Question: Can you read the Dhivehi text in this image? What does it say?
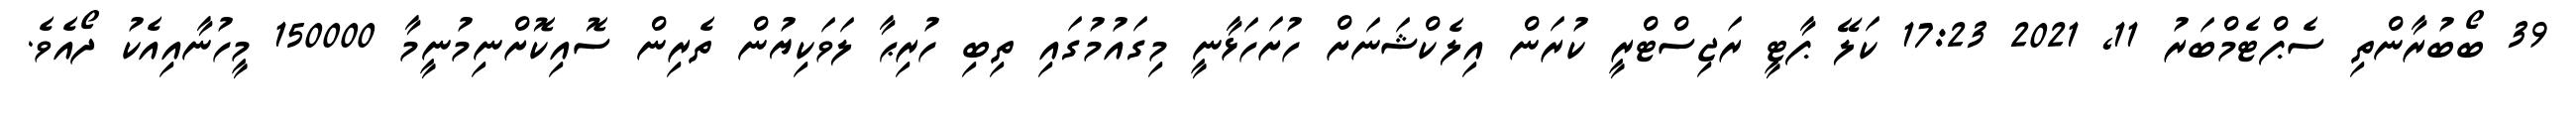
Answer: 39 ބޯބުރާންތި ސެޕްޓެމްބަރު 11, 2021 17:23 ކަލޭ ޕާޓީ ރަޖިސްޓްރީ ކުރަން އިލެކްޝަނަށް ހުށަހަޅާނީ މިގައުމުގައި ތިބި ހުރިޙާ ލަވަކިޔުން ތެރިން ސޮއިކޮށްނިމުނީމާ 150000 މީހުނާއިއެކު ދޯއެވެ.